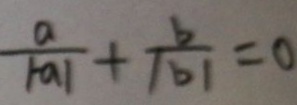
\frac { a } { \vert - a \vert } + \frac { b } { \vert b \vert } = 0